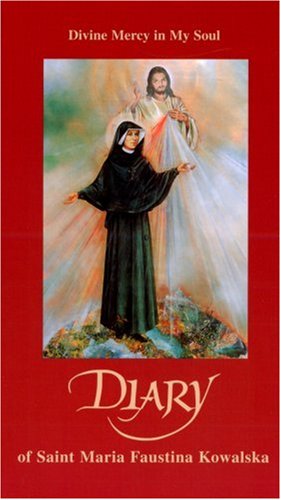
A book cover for Diary: Divine Mercy in My Soul; Maria Faustina Kowalska; Biographies & Memoirs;